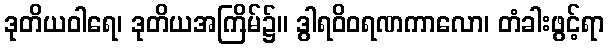
ဒုတိယဝါရေ၊ ဒုတိယအကြိမ်၌။ ဒွါရဝိဝရဏကာလော၊ တံခါးဖွင့်ရာ